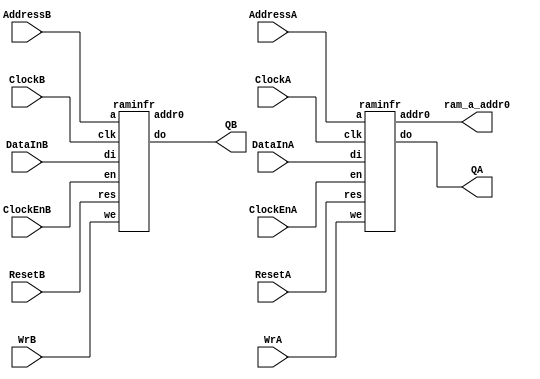
/* Verilog netlist generated by SCUBA Diamond (64-bit) 3.3.0.109  Patch Version(s) 122746 */
/* Module Version: 7.4 */
/* C:\lscc\diamond\3.3_x64\ispfpga\bin\nt64\scuba.exe -w -n ebr_buffer -lang verilog -synth synplify -bus_exp 7 -bb -arch mj5g00 -type bram -wp 11 -rp 1010 -data_width 8 -rdata_width 8 -num_rows 2048 -outdataA REGISTERED -outdataB REGISTERED -writemodeA NORMAL -writemodeB NORMAL -resetmode ASYNC -cascade -1  */
/* Mon Nov 10 22:18:45 2014 */


// B goes to the flash
// A comes from the flash
// I think...

`timescale 1 ns / 1 ps
module ebr_buffer (DataInA, DataInB, AddressA, AddressB, ClockA, ClockB, 
    ClockEnA, ClockEnB, WrA, WrB, ResetA, ResetB, QA, QB, ram_a_addr0)/* synthesis NGD_DRC_MASK=1 */;
    input wire [7:0] DataInA;
    input wire [7:0] DataInB;
    input wire [10:0] AddressA;
    input wire [10:0] AddressB;
    input wire ClockA;
    input wire ClockB;
    input wire ClockEnA;
    input wire ClockEnB;
    input wire WrA;
    input wire WrB;
    input wire ResetA;
    input wire ResetB;
    output wire [7:0] QA;
    output wire [7:0] QB;
    output wire [7:0] ram_a_addr0;

    wire [7:0] dummy;
    
    raminfr bram_a(ClockA, ClockEnA, ResetA, WrA, AddressA, DataInA, QA, ram_a_addr0);
    raminfr bram_b(ClockB, ClockEnB, ResetB, WrB, AddressB, DataInB, QB, dummy);

endmodule

module raminfr (clk, en, res, we, a, di, do, addr0); 
input clk; 
input en;
input res;
input we;   
input  [10:0] a;   
input  [7:0] di;   
output [7:0] do;
output [7:0] addr0;
reg    [7:0] ram [0:2047];   
reg    [7:0] read_a, addr_0; 
integer i;
 
  always @(posedge clk) begin 
    if (res)
    begin
        for (i=0; i<2048; i=i+1) ram[i] <= 8'b00000000;
    end
    else
    if (en) 
    begin
      read_a <= a;   
      if (we) begin
        ram[a] <= di;
      end   
    end 
  end   
  assign do = ram[read_a];
  assign addr0 = ram[0];   
endmodule